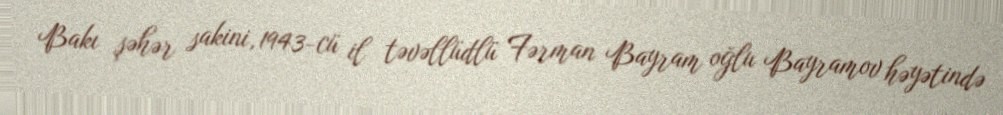
Bakı şəhər sakini, 1943-cü il təvəllüdlü Fərman Bayram oğlu Bayramov həyətində